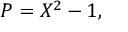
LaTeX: P = X ^ { 2 } - 1 ,